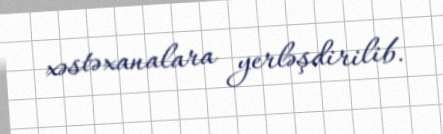
xəstəxanalara yerləşdirilib.